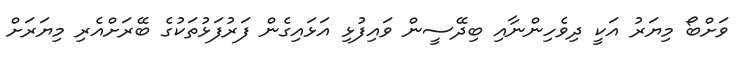
ވަށްބޯ މިޔަރު އަކީ ދިވެހިންނާއި ބިދޭސީން ވައިފުޅި އަޅައިގެން ފަރުފަޅުތަކުގެ ބޭރަށްއެރި މިޔަރަށް